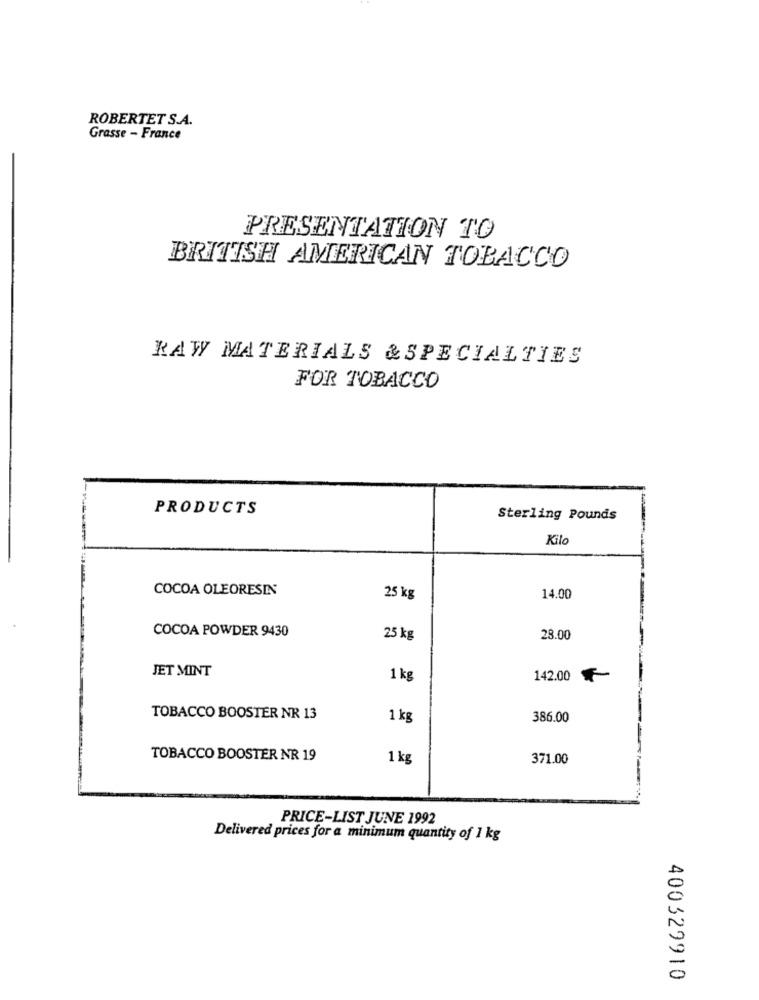
ROBERTET S.A.
Grasse - France
PRESENTATION TO
BRITISH AMERICAN TOBACCO
RAW MATERIALS & SPECIALTIES
FOR TOBACCO
PRODUCTS
Sterling Pounds
Kil
COCOA OLEORESIN
25 kg
14.00
COCOA POWDER 9430
25 kg
28.00
JET MINT
1 kg
142.00
TOBACCO BOOSTER NR 13
1 kg
386.00
TOBACCO BOOSTER NR 19
1 kg
371.00
PRICE-LIST JUNE 1992
Delivered prices for a minimum quantity of 1 kg
400329910